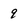
Character: 9